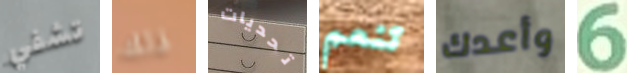
تشفي ذلك تحديات تنعم وأعدك 6